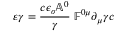
\varepsilon \gamma = \frac { c \epsilon _ { o } \mathbb { A } ^ { 0 } } { \gamma } \; \mathbb { F } ^ { 0 \mu } \partial _ { \mu } \gamma c